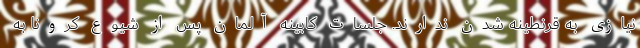
نیازی به قرنطینه شدن ندارند. جلسات کابینه آلمان پس از شیوع کرونا به